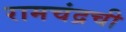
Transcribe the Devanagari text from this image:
रामचंद्रची